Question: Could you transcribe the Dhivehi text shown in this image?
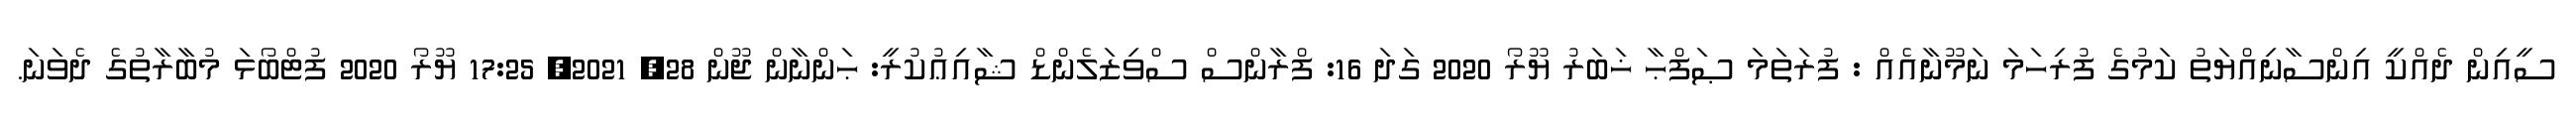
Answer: ސީއިން ދެއްކީ އިންސާނިއްޔަތު ކަމުގެ ފުރިހަމަ ނަމޫނާއެއް : ފުރަތަމަ ޞަފްޙާ ޚަބަރު ޔޫރޯ 2020 ގަދަ 16: ފްރާންސް ސްވިޒަލެންޑް ޝާއިޢުކުރީ: ޙަންނާން ޖޫން 28, 2021, 17:25 ޔޫރޯ 2020 ފުޓްބޯޅަ މުބާރާތުގެ ދެވަނަ.